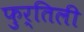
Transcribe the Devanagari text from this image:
फुर्तिली